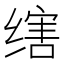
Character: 𬘻